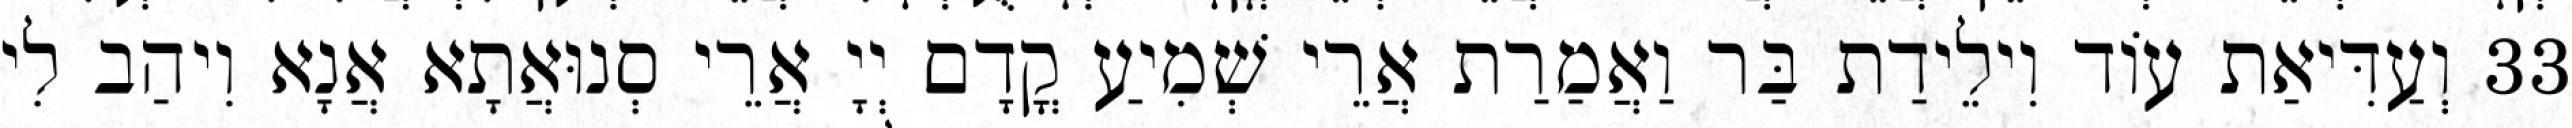
33 וְעַדִּיאַת עוֹד וִילֵידַת בַּר וַאֲמַרַת אֲרֵי שְׁמִיעַ קֳדָם יְיָ אֲרֵי סְנוּאֲתָא אֲנָא וִיהַב לִי